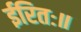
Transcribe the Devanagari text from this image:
ईरितः॥